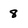
Character: 8